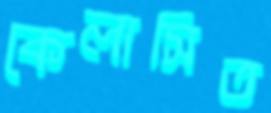
কেলাসিত